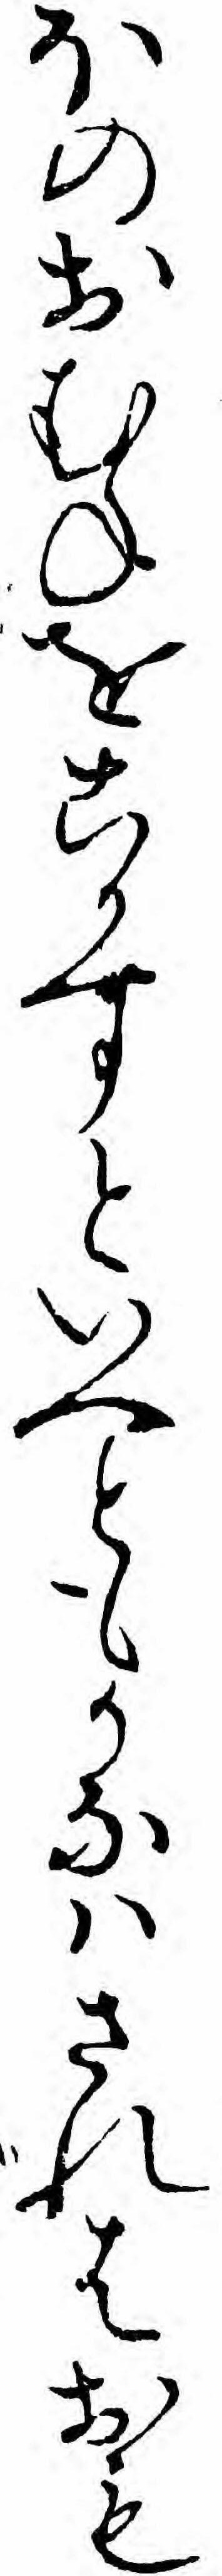
ほのおむねをこかすといへともかなハされはおも